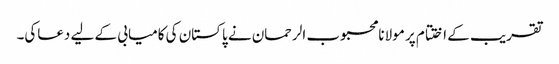
تقریب کے اختتام پر مولانامحبوب الرحمان نے پاکستان کی کامیابی کے لیے دعاکی۔